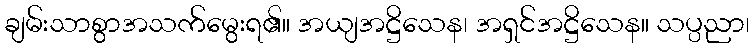
ချမ်းသာစွာအသက်မွေးရ၏။ အယျအဋ္ဌိသေန၊ အရှင်အဋ္ဌိသေန။ သပ္ပညာ၊